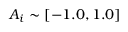
A _ { i } \sim [ - 1 . 0 , 1 . 0 ]